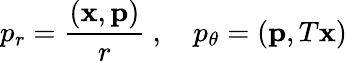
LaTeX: p_{r}=\frac{({\mathbf x},{\mathbf p})}{r}\ ,\ \ \ \ p_{\theta}=({\mathbf p},T{\mathbf x})